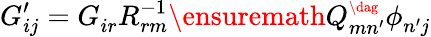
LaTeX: G_{ij}^{\prime}=G_{ir}^{}R_{rm}^{-1}\ensuremath{Q_{mn^{\prime}}^{\scriptscriptstyle\dag}}\phi_{n^{\prime}j}^{}